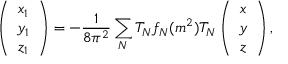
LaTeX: \left( \begin{array} { c } { { x _ { 1 } } } \\ { { y _ { 1 } } } \\ { { z _ { 1 } } } \end{array} \right) = - \frac { 1 } { 8 \pi ^ { 2 } } \sum _ { N } \bar { T } _ { N } f _ { N } ( m ^ { 2 } ) \bar { T } _ { N } \left( \begin{array} { c } { { x } } \\ { { y } } \\ { { z } } \end{array} \right) ,